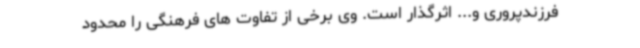
فرزندپروری و... اثرگذار است. وی برخی از تفاوت های فرهنگی را محدود